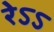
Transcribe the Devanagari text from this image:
रेऽऽ